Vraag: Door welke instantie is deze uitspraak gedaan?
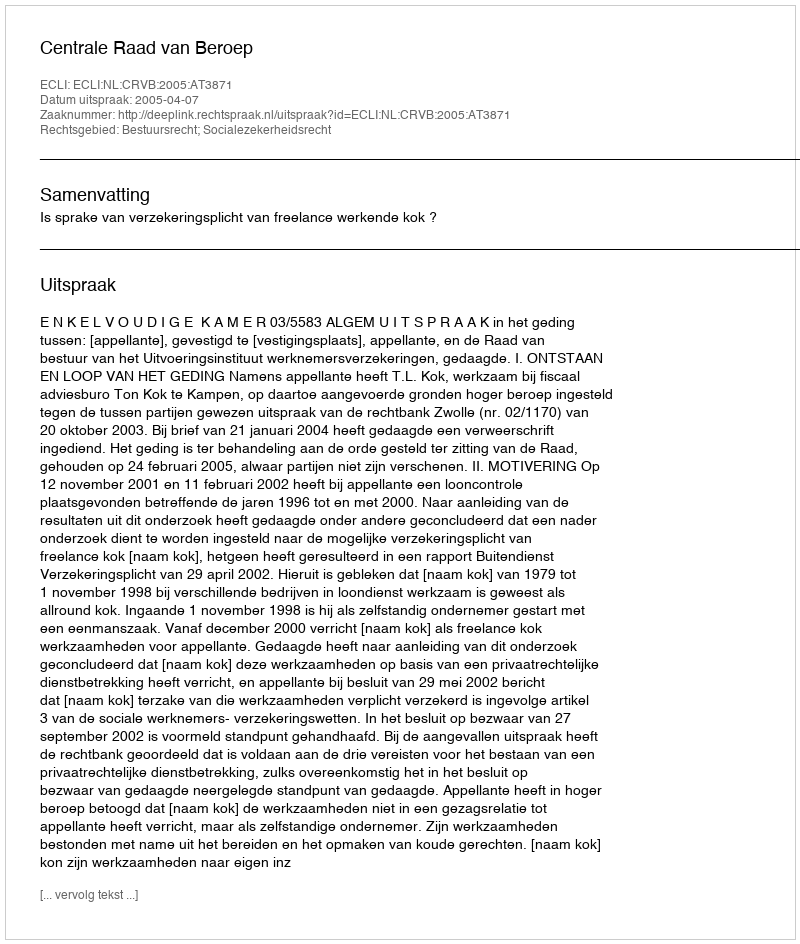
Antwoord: Centrale Raad van Beroep